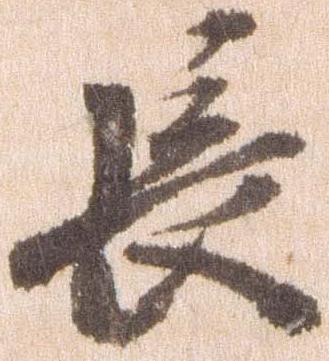
長